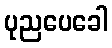
ပုညပေခေါ